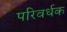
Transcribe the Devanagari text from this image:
परिवर्धक